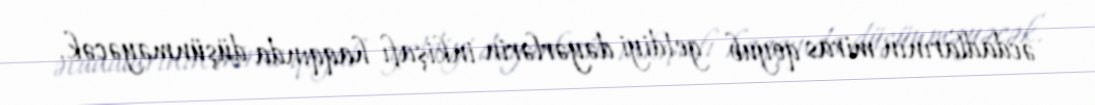
əcdadlarının miras qoyub getdiyi dəyərlərin inkişafı haqqında düşünməyəcək.